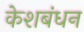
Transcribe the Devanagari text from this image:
केशबंधन